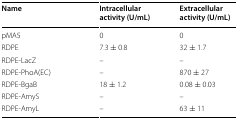
<table><thead><tr><td><b>Name</b></td><td><b>Intracellular activity (U/mL)</b></td><td><b>Extracellular activity (U/mL)</b></td></tr></thead><tbody><tr><td>pMA5</td><td>0</td><td>0</td></tr><tr><td>RDPE</td><td>7.3 ± 0.8</td><td>32 ± 1.7</td></tr><tr><td>RDPE-LacZ</td><td>–</td><td>–</td></tr><tr><td>RDPE-PhoA(EC)</td><td>–</td><td>870 ± 27</td></tr><tr><td>RDPE-BgaB</td><td>18 ± 1.2</td><td>0.08 ± 0.03</td></tr><tr><td>RDPE-AmyS</td><td>–</td><td>–</td></tr><tr><td>RDPE-AmyL</td><td>–</td><td>63 ± 11</td></tr></tbody></table>